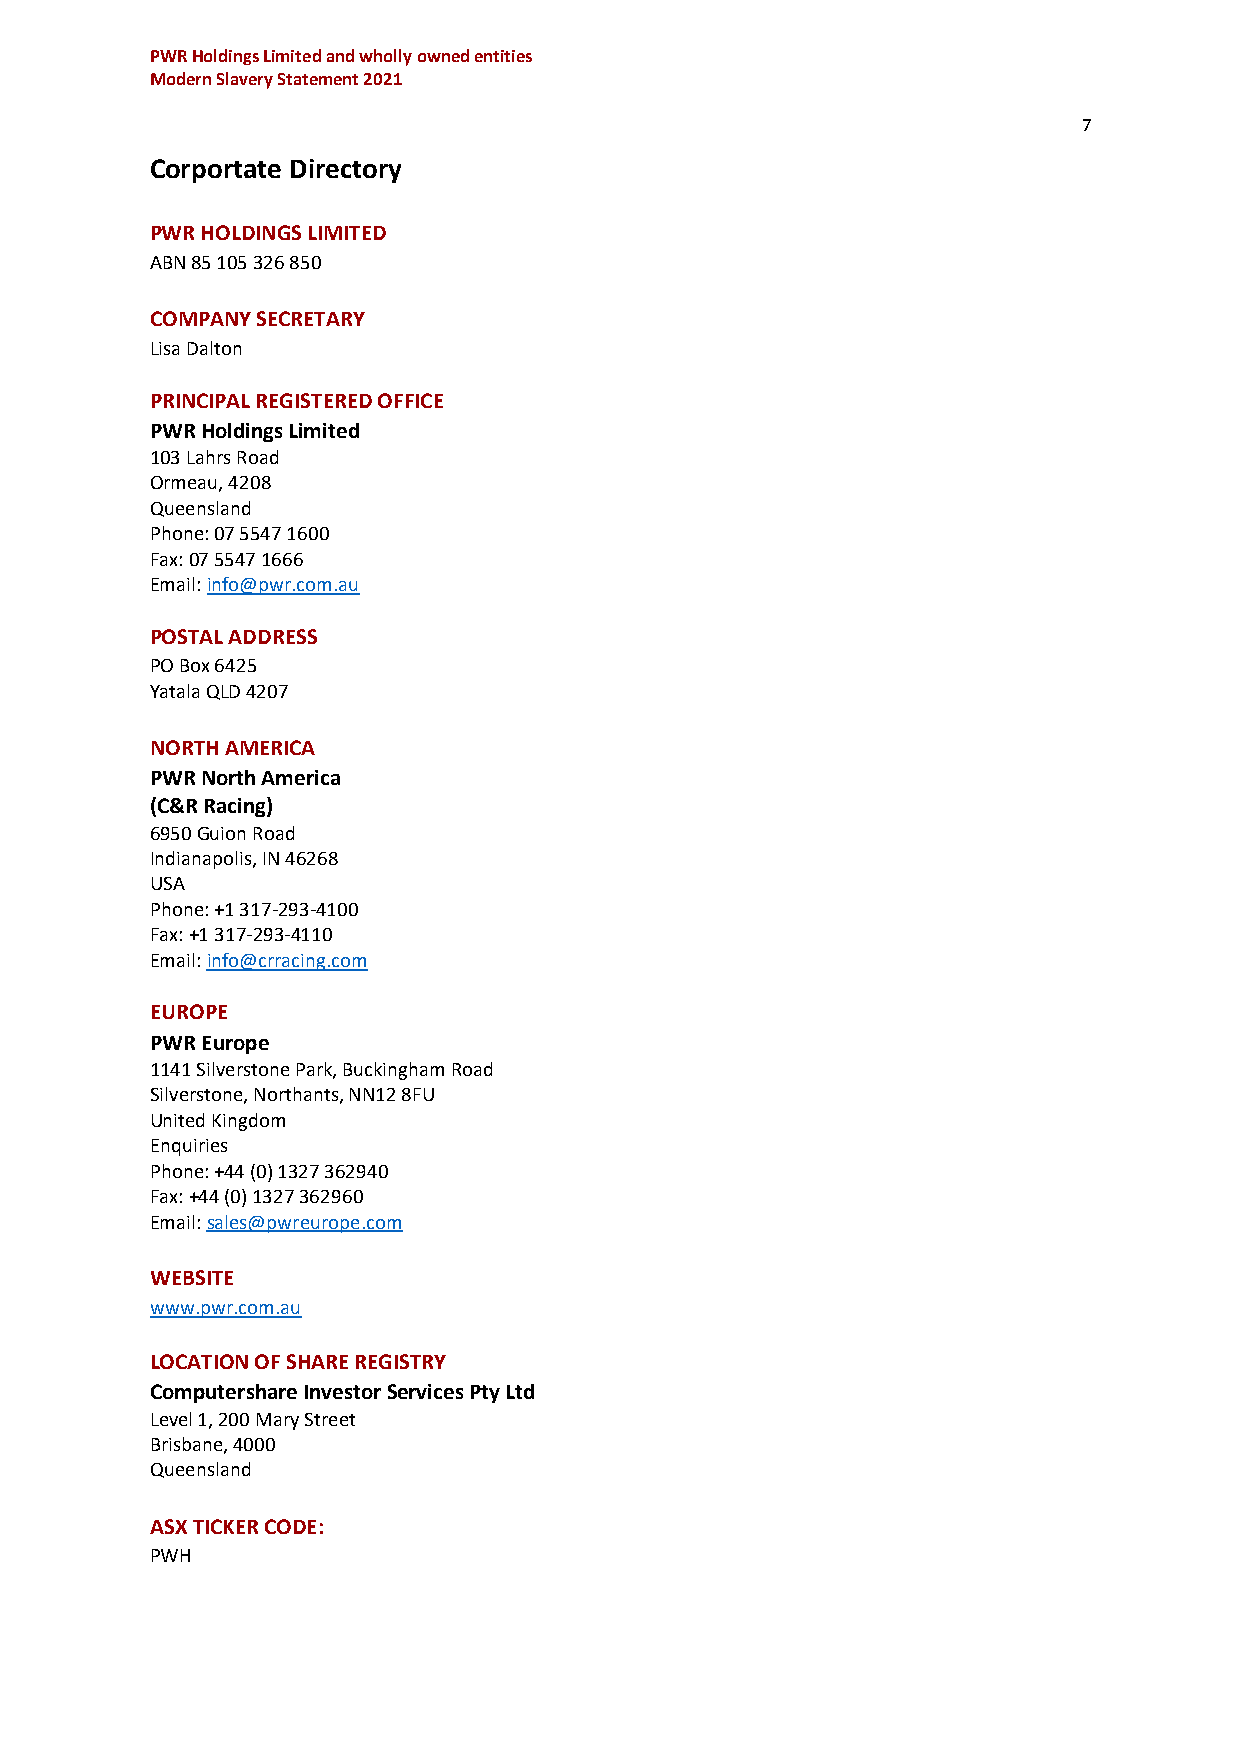
PWR Holdings Limited and wholly owned entities
 Modern Slavery Statement 2021
 7
 Corportate Directory
 PWR HOLDINGS LIMITED
 ABN 85 105 326 850
 COMPANY SECRETARY
 Lisa Dalton
 PRINCIPAL REGISTERED OFFICE
 PWR Holdings Limited
 103 Lahrs Road
 Ormeau, 4208
 Queensland
 Phone: 07 5547 1600
 Fax: 07 5547 1666
 Email: info@pwr.com.au
 POSTAL ADDRESS
 PO Box 6425
 Yatala QLD 4207
 NORTH AMERICA
 PWR North America
 (C&R Racing)
 6950 Guion Road
 Indianapolis, IN 46268
 USA
 Phone: +1 317-293-4100
 Fax: +1 317-293-4110
 Email: info@crracing.com
 EUROPE
 PWR Europe
 1141 Silverstone Park, Buckingham Road
 Silverstone, Northants, NN12 8FU
 United Kingdom
 Enquiries
 Phone: +44 (0) 1327 362940
 Fax: +44 (0) 1327 362960
 Email: sales@pwreurope.com
 WEBSITE
 www.pwr.com.au
 LOCATION OF SHARE REGISTRY
 Computershare Investor Services Pty Ltd
 Level 1, 200 Mary Street
 Brisbane, 4000
 Queensland
 ASX TICKER CODE:
 PWH